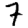
Digit: 7